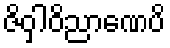
ဇိဝှါဝိညာဏေပိ